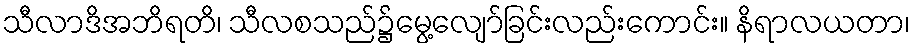
သီလာဒိအဘိရတိ၊ သီလစသည်၌မွေ့လျော်ခြင်းလည်းကောင်း။ နိရာလယတာ၊